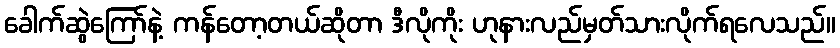
ခေါက်ဆွဲကြော်နဲ့ ကန်တော့တယ်ဆိုတာ ဒီလိုကိုး ဟုနားလည်မှတ်သားလိုက်ရလေသည်။